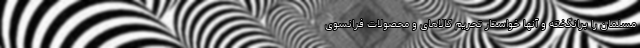
مسلمان را برانگخته و آنها خواستار تحریم کالاهای و محصولات فرانسوی